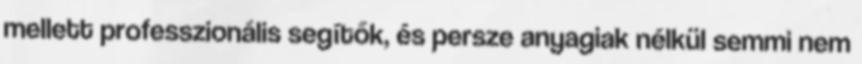
mellett professzionális segítők, és persze anyagiak nélkül semmi nem